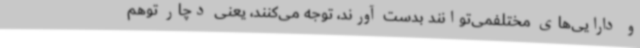
و دارایی‌های مختلفمی‌توانند بدست آورند، توجه می‌کنند، یعنی دچار توهم